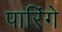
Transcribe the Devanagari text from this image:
पारिंगे